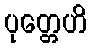
ပုတ္တေဟိ